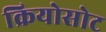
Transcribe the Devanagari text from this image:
क्रियोसोट